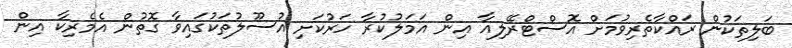
ބަލިތަކުން ރައްކާތެރިވުމަށް އޮސްޓްރޭލިއާ އިން އަމަލުކުރާ ހަރުކަށި އުސޫލުތަކުގައިވާ ގޮތުން އެމެރިކާ އިން